Indian journal of veterinary science and animal husbandry - Volume 12,
Year: 1942
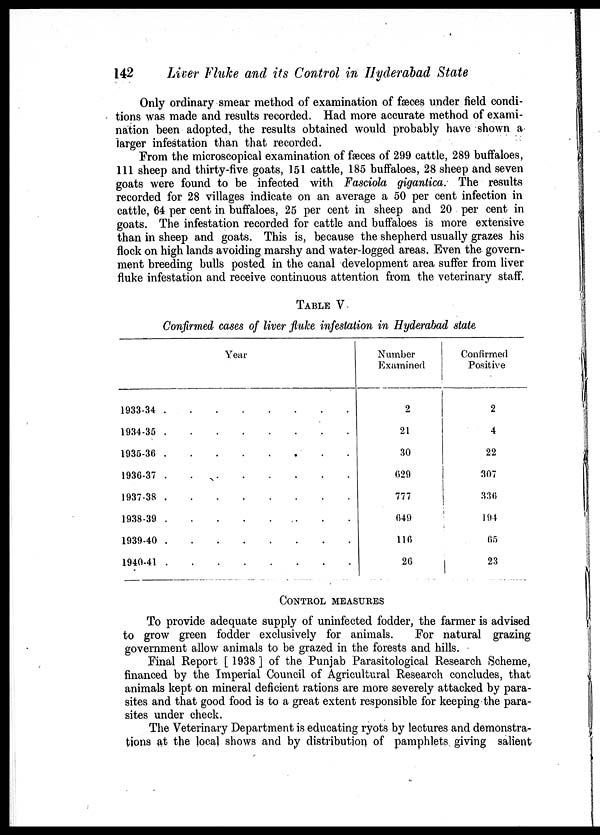
142
Liver Fluke and its Control in Hyderabad State
Only ordinary smear method of examination of fæces under field condi-
tions was made and results recorded. Had more accurate method of exami-
nation been adopted, the results obtained would probably have shown a
larger infestation than that recorded.
From the microscopical examination of fæces of 299 cattle, 289 buffaloes,
111 sheep and thirty-five goats, 151 cattle, 185 buffaloes, 28 sheep and seven
goats were found to be infected with Fasciola gigantica. The results
recorded for 28 villages indicate on an average a 50 per cent infection in
cattle, 64 per cent in buffaloes, 25 per cent in sheep and 20 per cent in
goats. The infestation recorded for cattle and buffaloes is more extensive
than in sheep and goats. This is, because the shepherd usually grazes his
flock on high lands avoiding marshy and water-logged areas. Even the govern-
ment breeding bulls posted in the canal development area suffer from liver
fluke infestation and receive continuous attention from the veterinary staff.
TABLE V
Confirmed cases of liver fluke infestation in Hyderabad state
Year
1933-34 . . . . . . . . . .
1934-35 . . . . . . . . . .
1935-36 . . . . . . . . . .
1936-37 . . . . . . . . . .
1937-38 . . . . . . . . . .
1938-39 . . . . . . . . . .
1939-40 . . . . . . . . . .
1940-41 . . . . . . . . . .
Number
Examined
2
21
30
629
777
649
116
26
Confirmed
Positive
2
4
22
307
336
194
65
23
CONTROL MEASURES
To provide adequate supply of uninfected fodder, the farmer is advised
to grow green fodder exclusively for animals.
For natural grazing
government allow animals to be grazed in the forests and hills.
Final Report [ 1938 ] of the Punjab Parasitological Research Scheme,
financed by the Imperial Council of Agricultural Research concludes, that
animals kept on mineral deficient rations are more severely attacked by para-
sites and that good food is to a great extent responsible for keeping the para-
sites under check.
The Veterinary Department is educating ryots by lectures and demonstra-
tions at the local shows and by distribution of pamphlets giving salient